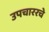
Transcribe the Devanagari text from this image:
उपचाररचे